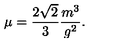
\mu = \frac { 2 \sqrt { 2 } } { 3 } \frac { m ^ { 3 } } { g ^ { 2 } } .